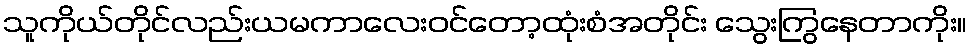
သူကိုယ်တိုင်လည်းယမကာလေးဝင်တော့ထုံးစံအတိုင်း သွေးကြွနေတာကိုး။